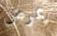
يمرض